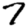
Digit: 7